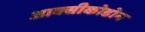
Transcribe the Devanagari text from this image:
आक्सीकोडोन